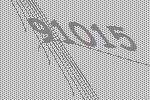
91015